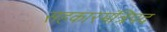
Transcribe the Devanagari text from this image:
सहकारमंत्रिपद